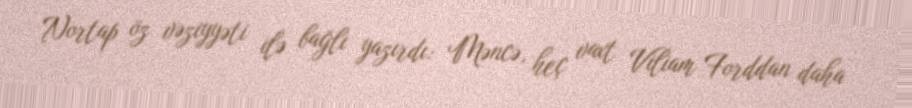
Nortap öz vəziyyəti ilə bağlı yazırdı: Məncə, heç vaxt Viliam Forddan daha